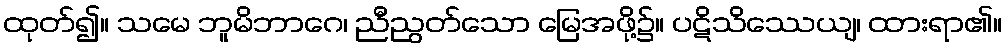
ထုတ်၍။ သမေ ဘူမိဘာဂေ၊ ညီညွတ်သော မြေအဖို့၌။ ပဋိသိဿေယျ၊ ထားရာ၏။